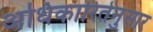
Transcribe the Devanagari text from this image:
अधिकारितेनुसार